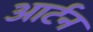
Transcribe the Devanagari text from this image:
आर्टन